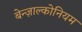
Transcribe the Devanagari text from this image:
बेन्ज़ाल्कोनियम